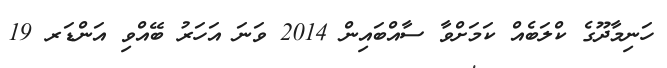
ހަނިމާދޫގެ ކްލަބެއް ކަމަށްވާ ސާއްބައިން 2014 ވަނަ އަހަރު ބޭއްވި އަންޑަރ 19